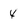
Character: 4